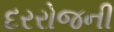
દરરોજની